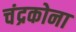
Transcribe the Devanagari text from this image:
चंद्रकोना